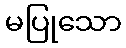
မပြုသော